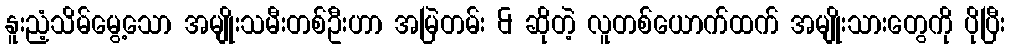
နူးညံ့သိမ်မွေ့သော အမျိုးသမီးတစ်ဦးဟာ အမြဲတမ်း & ဆိုတဲ့ လူတစ်ယောက်ထက် အမျိုးသားတွေကို ပိုပြီး